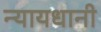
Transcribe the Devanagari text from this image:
न्यायधानी